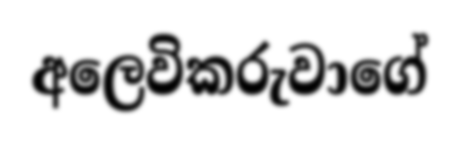
අලෙවිකරුවාගේ